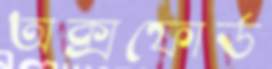
অক্সফোর্ড